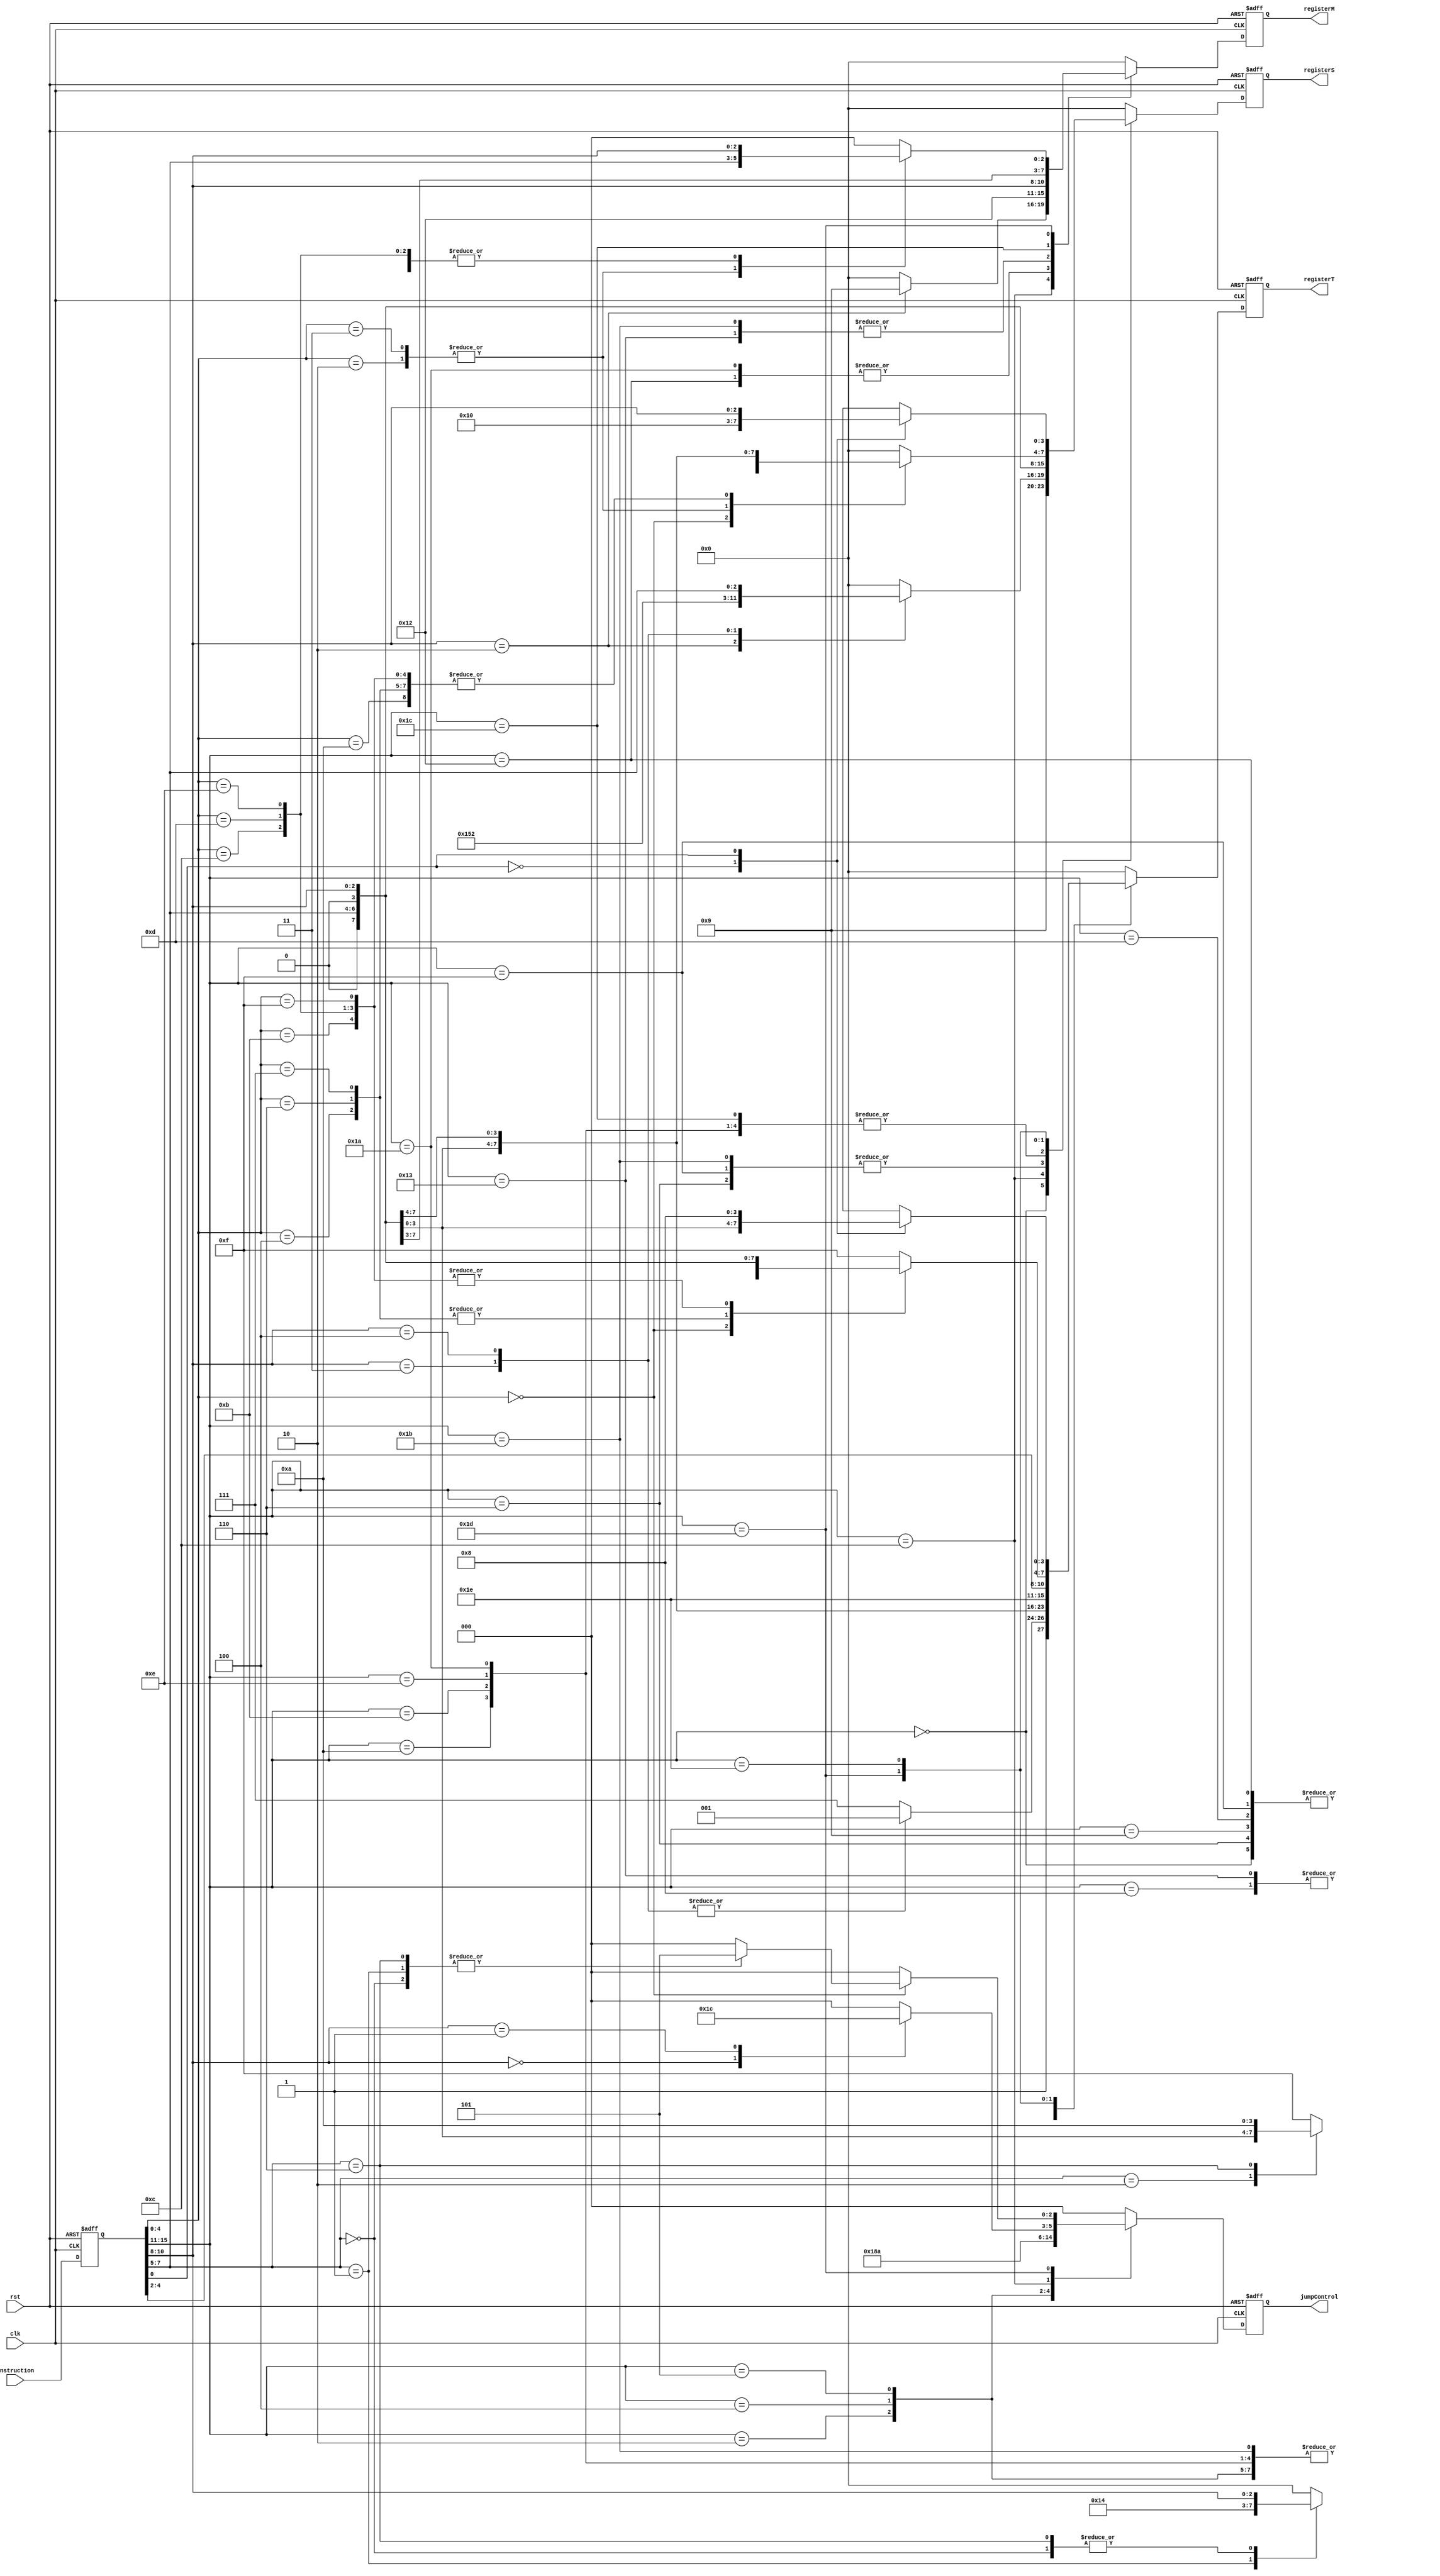
module instructionDecoder (
  input clk, rst,
  input [15:0] instruction,
  output reg [3:0] registerS, registerM, registerT,
  output reg [2:0] jumpControl
);

localparam  IDLE = 3'b000,
  EQZ = 3'b001,
  NEZ = 3'b010,
  TEQZ = 3'b011,
  TNEZ = 3'b100,
  JUMP = 3'b101,
  DB = 3'b110;

reg [15:0] instructionTemp;

always @ (negedge clk or negedge rst)
  if (!rst)
    instructionTemp = 16'b0000100000000000; // nop
  else
    instructionTemp = instruction;

always @ (posedge clk or negedge rst)
begin
  registerS = 0;
  registerM = 0;
  registerT = 4'hf;
  jumpControl = 0;
  if (!rst) // the negedge of rst
  begin
    registerS = 0;
    registerM = 0;
    registerT = 4'hf;
    jumpControl = 0;
  end
  else
  begin
    case (instructionTemp[15:11])
      5'b00000:                         // addsp3
      begin
        registerS = 4'b1001;            // sp
        registerT = instructionTemp[10:8];
      end
      //5'b00001:                         // nop
      5'b00010:                         // b
        jumpControl = DB;
      5'b00100:                         // beqz
      begin
        registerS = instructionTemp[10:8];
        jumpControl = EQZ;
      end
      5'b00101:                         // bnez
      begin
        registerS = instructionTemp[10:8];
        jumpControl = NEZ;
      end
      5'b00110:                         // sll, srl, sra
      begin
        registerS = instructionTemp[7:5];
        registerT = instructionTemp[10:8];
      end
      5'b01000:                         // addiu3
      begin
        registerS = instructionTemp[10:8];
        registerT = instructionTemp[7:5];
      end
      5'b01001:                         // addiu
      begin
        registerS = instructionTemp[10:8];
        registerT = instructionTemp[10:8];
      end
      5'b01010:                         // slti
        registerS = instructionTemp[10:8];
      5'b01100:                         // addsp, bteqz, btnez, mtsp, sw_rs
        case (instructionTemp[10:8])
          3'b000:                       // bteqz
            jumpControl = TEQZ;
          3'b001:                       // btnez
            jumpControl = TNEZ;
          3'b010:                       // sw_rs
          begin
            registerS = 4'b1010;       // ra
            registerM = 4'b1001;       // sp
          end
          3'b011:                       // addsp
          begin
            registerS = 4'b1001;        // sp
            registerT = 4'b1001;        // sp
          end
          3'b100:                       // mtsp
          begin
            registerS = instructionTemp[7:5];
            registerT = 4'b1001;        // sp
          end
        endcase
      5'b01011:                         // sltui
        registerS = instructionTemp[10:8];
      5'b01101:                         // li
        registerT = instructionTemp[10:8];
      5'b01110:                         // cmpi
        registerS = instructionTemp[10:8];
      5'b01111:                         // move
      begin
        registerS = instructionTemp[7:5];
        registerT = instructionTemp[10:8];
      end
      //5'b10000:                         // eret
      5'b10010:                         // lw_sp
      begin
        registerM = 4'b1001;            // sp
        registerT = instructionTemp[10:8];
      end
      5'b10011:                         // lw
      begin
        registerM = instructionTemp[10:8];
        registerT = instructionTemp[7:5];
      end
      5'b11010:                         // sw_sp
      begin
        registerS = instructionTemp[10:8];
        registerM = 4'b1001;            // sp
      end
      5'b11011:                         // sw
      begin
        registerS = instructionTemp[7:5];
        registerM = instructionTemp[10:8];
      end
      5'b11100:                         // addu, subu
      begin
        registerS = instructionTemp[10:8];
        registerM = instructionTemp[7:5];
        registerT = instructionTemp[4:2];
      end
      5'b11101:                         // jalr, jr, jrra, mfpc, sllv, srav, slt, sltu, srlv, cmp, neg, and, or, xor, not
        case (instructionTemp[4:0])
          5'b00000:                     // jalr, jr, jrra, mfpc
            case (instructionTemp[7:5])
              3'b000:                   // jr
              begin
                registerS = instructionTemp[10:8];
                jumpControl = JUMP;
              end
              3'b001:                   // jrra
              begin
                registerS = 4'b1010;
                jumpControl = JUMP;
              end
              3'b010:                   // mfpc
                registerT = instructionTemp[10:8];
              3'b110:                   // jalr
              begin
                registerS = instructionTemp[10:8];
                registerT = 4'b1010;    // ra
                jumpControl = JUMP;
              end
            endcase
          5'b00010:                     // slt
          begin
            registerS = instructionTemp[10:8];
            registerM = instructionTemp[7:5];
          end
          5'b00011:                     // sltu
          begin
            registerS = instructionTemp[10:8];
            registerM = instructionTemp[7:5];
          end
          5'b00100:                     // sllv
          begin
            registerS = instructionTemp[7:5];
            registerM = instructionTemp[10:8];
            registerT = instructionTemp[7:5];
          end
          5'b00110:                     // srlv
          begin
            registerS = instructionTemp[7:5];
            registerM = instructionTemp[10:8];
            registerT = instructionTemp[7:5];
          end
          5'b00111:                     // srav
          begin
            registerS = instructionTemp[7:5];
            registerM = instructionTemp[10:8];
            registerT = instructionTemp[7:5];
          end
          5'b01010:                     // cmp
          begin
            registerS = instructionTemp[7:5];
            registerM = instructionTemp[10:8];
          end
          5'b01011:                     // neg
          begin
            registerS = instructionTemp[7:5];
            registerT = instructionTemp[10:8];
          end
          5'b01100:                     // and
          begin
            registerS = instructionTemp[7:5];
            registerM = instructionTemp[10:8];
            registerT = instructionTemp[10:8];
          end
          5'b01101:                     // or
          begin
            registerS = instructionTemp[7:5];
            registerM = instructionTemp[10:8];
            registerT = instructionTemp[10:8];
          end
          5'b01110:                     // xor
          begin
            registerS = instructionTemp[7:5];
            registerM = instructionTemp[10:8];
            registerT = instructionTemp[10:8];
          end
          5'b01111:                     // not
          begin
            registerS = instructionTemp[7:5];
            registerT = instructionTemp[10:8];
          end
        endcase
      5'b11110:                         // mfih, mtih
        case (instructionTemp[0])
          1'b0:                         // mfih
          begin
            registerS = 4'b1000;        // ih
            registerT = instructionTemp[10:8];
          end
          1'b1:                         // mtih
          begin
            registerS = instructionTemp[10:8];
            registerT = 4'b1000;        // ih
          end
        endcase
      //5'b11111:                         // int
      default:
      begin
        registerS = 0;
        registerM = 0;
        registerT = 0;
        jumpControl = 0;
      end
    endcase
  end
end

endmodule